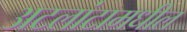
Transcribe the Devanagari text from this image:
अटलांटामधील